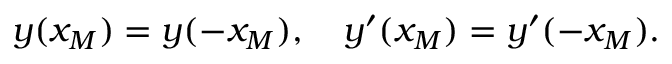
y ( x _ { M } ) = y ( - x _ { M } ) , \quad y ^ { \prime } ( x _ { M } ) = y ^ { \prime } ( - x _ { M } ) .